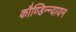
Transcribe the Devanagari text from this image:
कौण्डिन्न्यायन